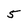
Character: 5